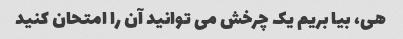
هی، بیا بریم یک چرخش می توانید آن را امتحان کنید